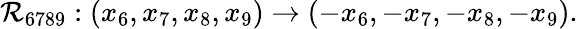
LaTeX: \mathcal{R}_{6789}:(x_{6},x_{7},x_{8},x_{9})\rightarrow(-x_{6},-x_{7},-x_{8},-x_{9}).